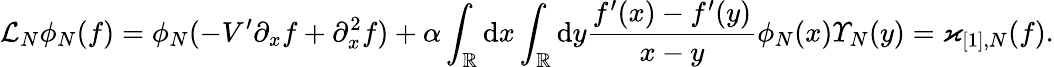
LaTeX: \mathcal{L}_{N}\phi_{N}(f)=\phi_{N}(-V^{\prime}\partial_{x}f+\partial_{x}^{2}f)+\alpha\int_{\mathbb{R}}\mathrm{d}x\int_{\mathbb{R}}\mathrm{d}y\frac{f^{\prime}(x)-f^{\prime}(y)}{x-y}\phi_{N}(x)\varUpsilon_{N}(y)=\varkappa_{[1],N}(f).